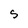
Character: S